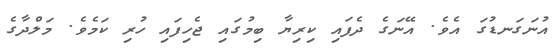
އުނަގަނޑުގަ އެވެ. އޭނަގެ ދެފައި ކިރިޔާ ބިމުގައި ޖެހިފައި ހުރި ކަމެވެ. މަލްދާގެ